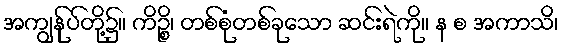
အကျွန်ုပ်တို့၌။ ကိဉ္စိ၊ တစ်စုံတစ်ခုသော ဆင်းရဲကို။ န စ အကာသိ၊